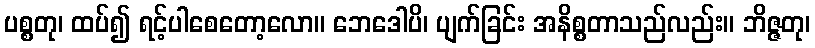
ပစ္စတု၊ ထပ်၍ ရင့်ပါစေတော့လော။ ဘေဒေါပိ၊ ပျက်ခြင်း အနိစ္စတာသည်လည်း။ ဘိဇ္ဇတု၊